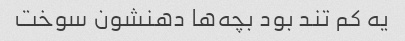
یه کم تند بود بچه‌ها دهنشون سوخت